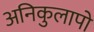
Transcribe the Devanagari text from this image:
अनिकुलापो